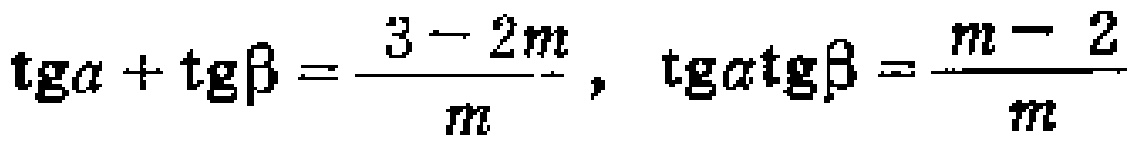
\(\operatorname{tg}\alpha+\operatorname{tg}\beta=\frac{3 - 2m}{m},\ \operatorname{tg}\alpha\operatorname{tg}\beta=\frac{m - 2}{m}\)